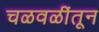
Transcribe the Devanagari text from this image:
चळवळींतून